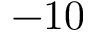
- 1 0